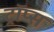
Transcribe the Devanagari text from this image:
ट्रॉप्स